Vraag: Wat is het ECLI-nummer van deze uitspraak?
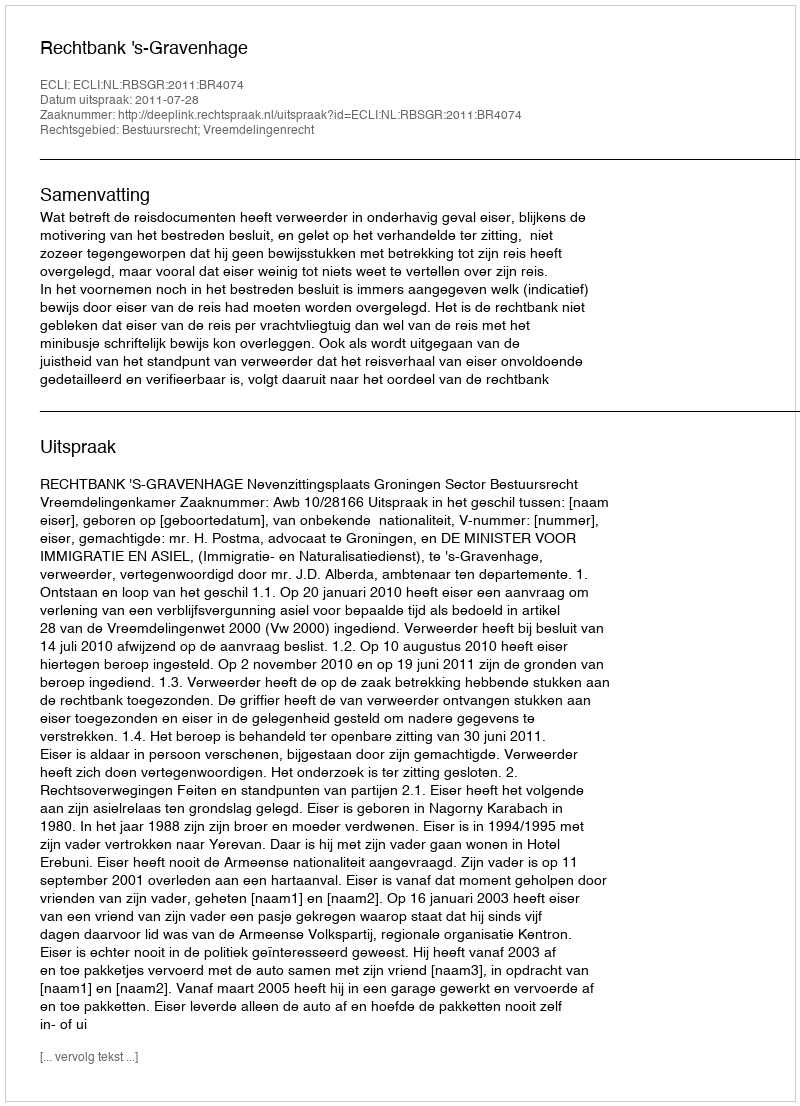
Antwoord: ECLI:NL:RBSGR:2011:BR4074